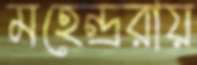
মহেন্দ্ররায়